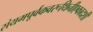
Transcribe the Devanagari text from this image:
संयमपूर्वकवरूथिनीएकादशी